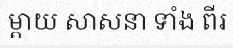
ម្តាយ សាសនា ទាំង ពីរ